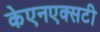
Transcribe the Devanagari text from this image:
केएनएक्सटी